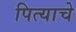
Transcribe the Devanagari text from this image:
पित्‍याचे